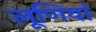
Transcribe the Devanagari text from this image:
लूणियां